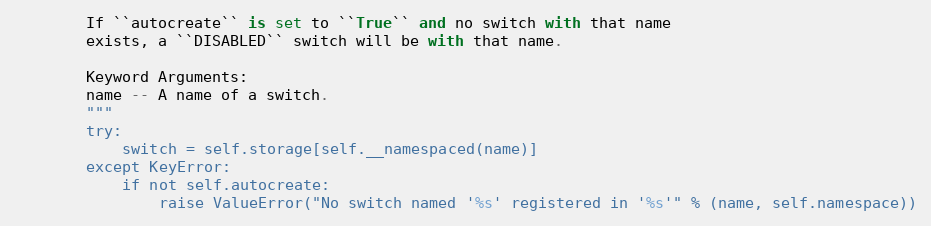
Language: Python
        If ``autocreate`` is set to ``True`` and no switch with that name
        exists, a ``DISABLED`` switch will be with that name.

        Keyword Arguments:
        name -- A name of a switch.
        """
        try:
            switch = self.storage[self.__namespaced(name)]
        except KeyError:
            if not self.autocreate:
                raise ValueError("No switch named '%s' registered in '%s'" % (name, self.namespace))